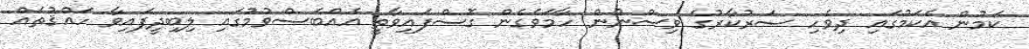
ކަމުން އެކަމުގައި ދިވެހި ސަރުކާރުގެ ވިސްނުން ހާމަވެގެން ގޮސްފައިވާތީ އެއްބަސްވުމުގައި ލިބިދީފައިވާ ހައްޤުތައް